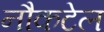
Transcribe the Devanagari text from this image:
नौकटेल